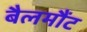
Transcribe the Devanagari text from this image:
बैलमौंट